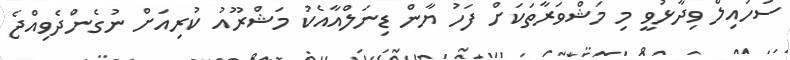
ސުހައިލް ވިދާޅުވީ މި މަޝްވަރާތަކަށް ފަހު ޔާން ޑިނަލްއާއެކު މަޝްރޫއު ކުރިއަށް ނުގެންދެވިއްޖެ